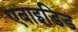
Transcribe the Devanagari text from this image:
एबाइडिड